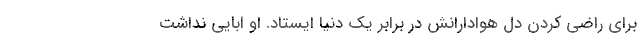
برای راضی کردن دل هوادارانش در برابر یک دنیا ایستاد. او ابایی نداشت